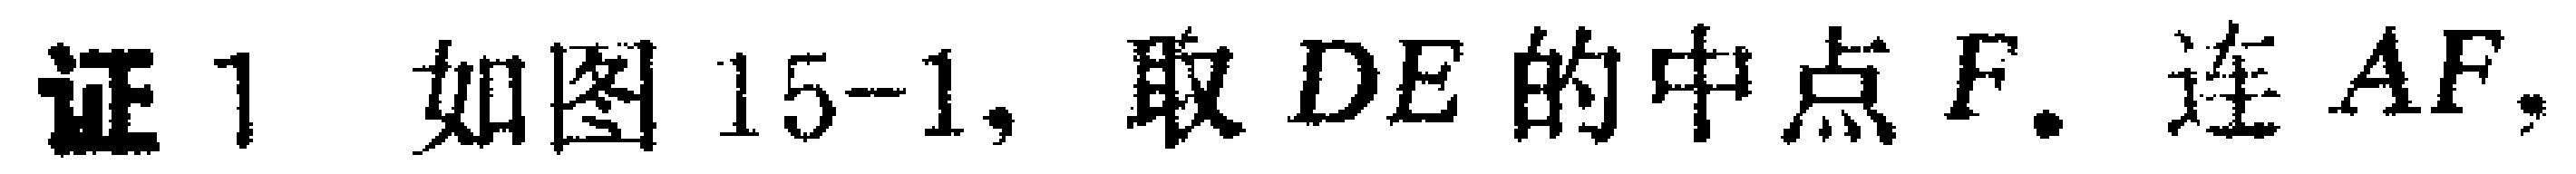
证 1. 如图 15-1, 取 \(DE\) 的中点 \(F\). 连 \(AF\),